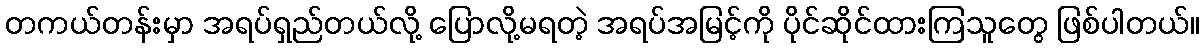
တကယ်တန်းမှာ အရပ်ရှည်တယ်လို့ ပြောလို့မရတဲ့ အရပ်အမြင့်ကို ပိုင်ဆိုင်ထားကြသူတွေ ဖြစ်ပါတယ်။